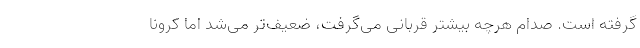
گرفته است. صدام هرچه بیشتر قربانی می‌گرفت، ضعیف‌تر می‌شد اما کرونا